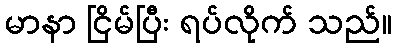
မာနာ ငြိမ်ပြီး ရပ်လိုက် သည်။